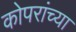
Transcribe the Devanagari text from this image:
कोपरांच्या